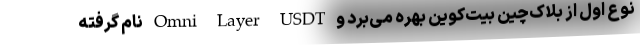
نوع اول از بلاک‌چین بیت‌کوین بهره می‌برد و Omni Layer USDT نام گرفته